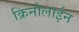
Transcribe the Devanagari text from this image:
क्रिनोलाईन